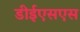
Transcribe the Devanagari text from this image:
डीईएसएस